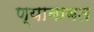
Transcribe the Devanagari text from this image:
ण्याबाबत